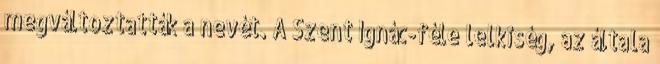
megváltoztatták a nevét. A Szent Ignác-féle lelkiség, az általa